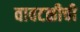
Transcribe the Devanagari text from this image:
वावटळीची